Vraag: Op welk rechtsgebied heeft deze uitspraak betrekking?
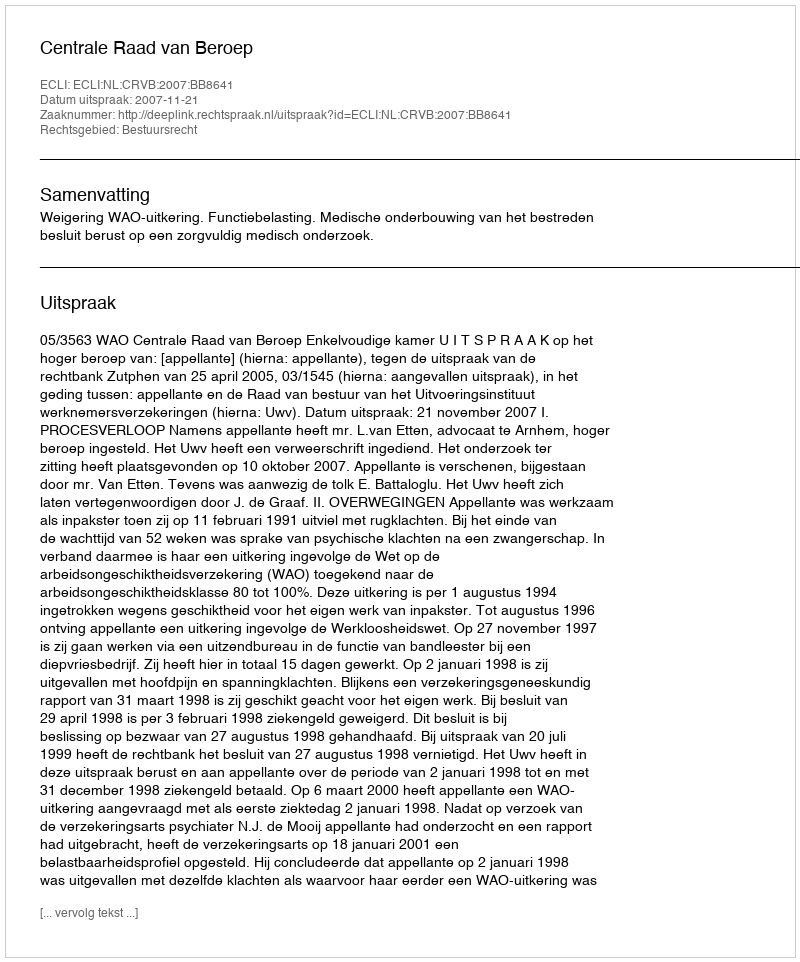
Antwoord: Bestuursrecht